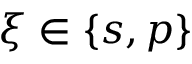
{ \boldsymbol { \xi } } \in \{ { s } , { p } \}